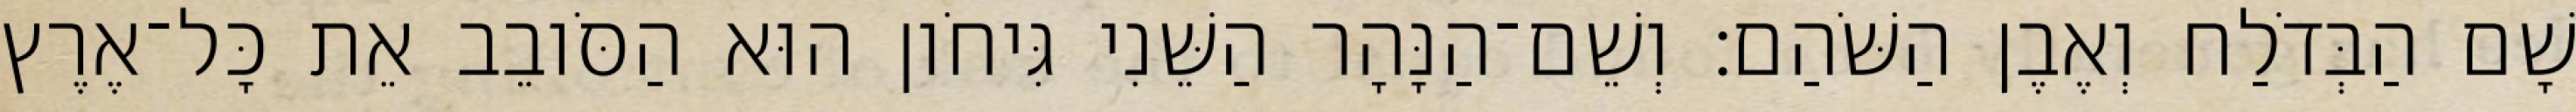
שָׁם הַבְּדֹלַח וְאֶבֶן הַשֹּׁהַם׃ וְשֵׁם־הַנָּהָר הַשֵּׁנִי גִּיחֹון הוּא הַסֹּובֵב אֵת כָּל־אֶרֶץ